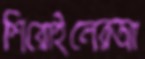
শিরোইলেরআ